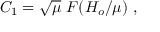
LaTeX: C _ { 1 } = \sqrt { \mu } \, \, F \! \left( { H _ { o } / \mu } \right) \, ,